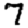
Digit: 7